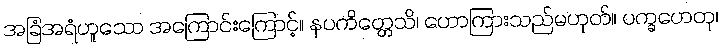
အခြံအရံဟူသော အကြောင်းကြောင့်။ နပကိတ္တေသိ၊ ဟောကြားသည်မဟုတ်။ ပက္ခဟေတု၊